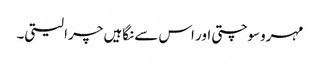
مہرو سوچتی اور اس سے نگاہیں چرا لیتی۔